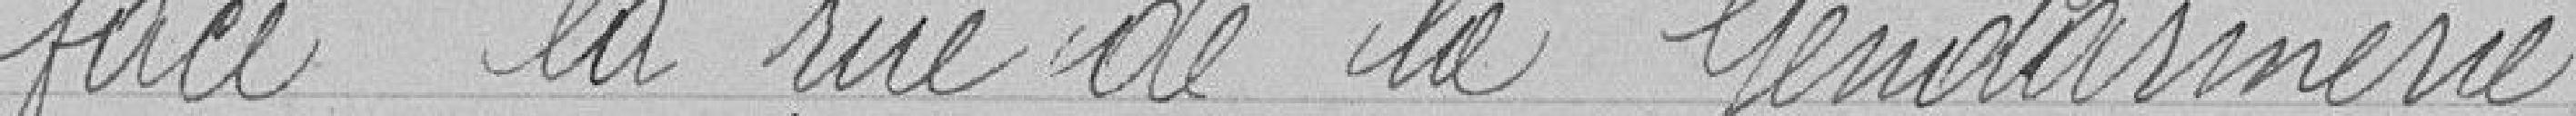
face la rue de la gendarmerie.